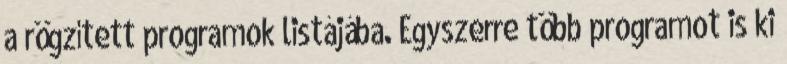
a rögzített programok listájába. Egyszerre több programot is ki